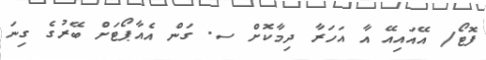
ފޮޓޯ/ އޭއައިއޭ އާ އަހަރާ ދިމާކޮށް ސ. ގަން އެއާޕޯޓަށް ބޭރުގެ ގިނަ